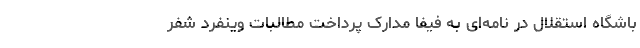
باشگاه استقلال در نامه‌ای به فیفا مدارک پرداخت مطالبات وینفرد شفر